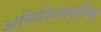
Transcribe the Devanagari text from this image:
अनिर्देश्यवपुर्विष्णु